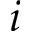
i